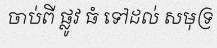
ចាប់ពី ផ្លូវ ធំ ទៅដល់ សមុទ្រ